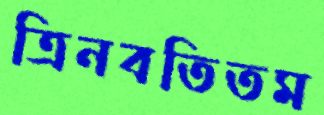
ত্রিনবতিতম